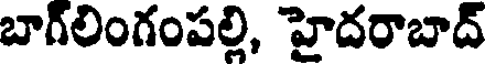
బాగ్లింగంపల్లి, హైదరాబాద్